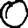
Digit: 0